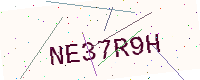
Text: NE37R9H